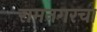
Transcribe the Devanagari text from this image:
रामनगरचा